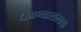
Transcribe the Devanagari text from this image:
धावण्यासारख्या